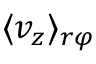
\langle v _ { z } \rangle _ { r \varphi }